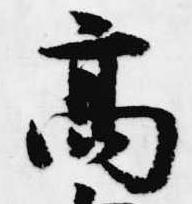
高